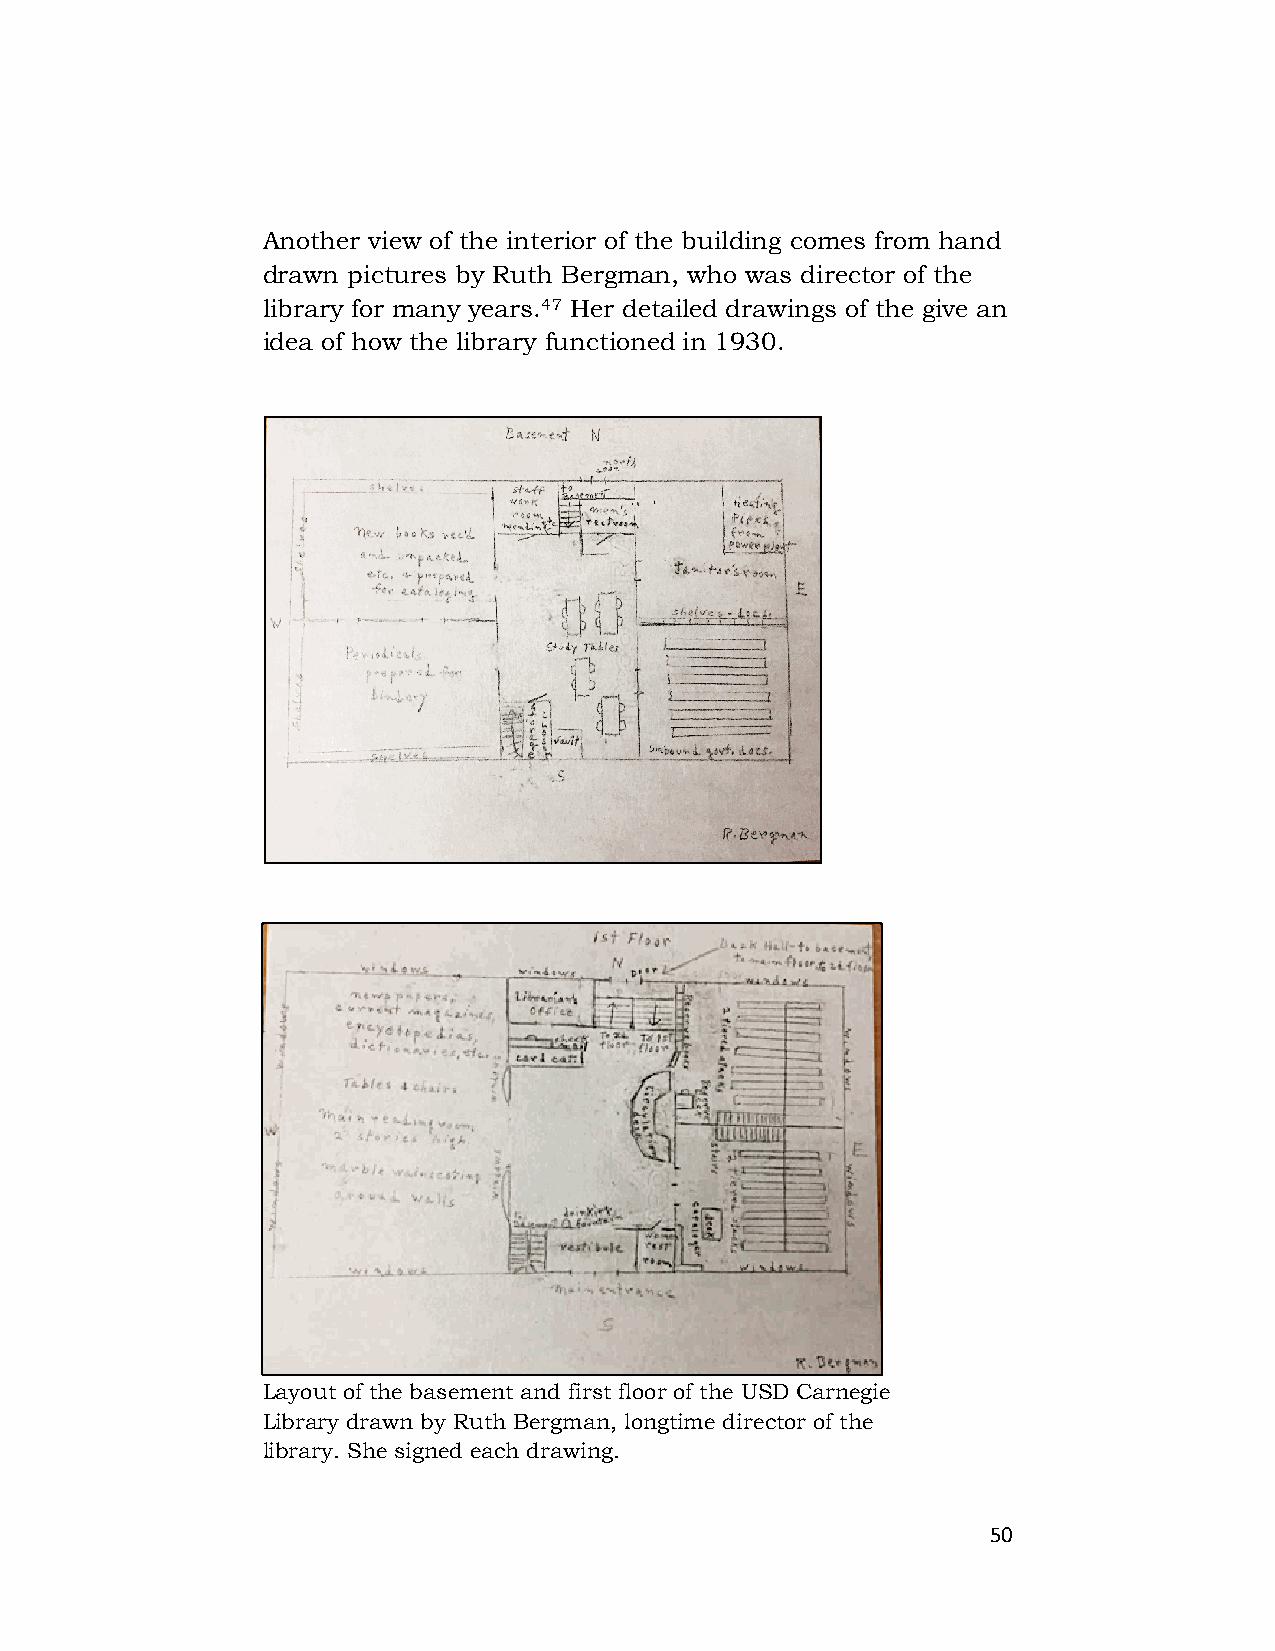
Another view of the interior of the building comes from hand
 drawn pictures by Ruth Bergman, who was director of the
 library for many years.47 Her detailed drawings of the give an
 idea of how the library functioned in 1930.
 Layout of the basement and first floor of the USD Carnegie
 Library drawn by Ruth Bergman, longtime director of the
 library. She signed each drawing.
 50